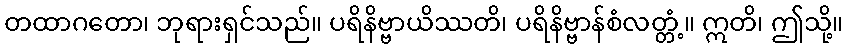
တထာဂတော၊ ဘုရားရှင်သည်။ ပရိနိဗ္ဗာယိဿတိ၊ ပရိနိဗ္ဗာန်စံလတ္တံ့။ ဣတိ၊ ဤသို့။